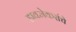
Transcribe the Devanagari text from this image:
डावजेकरांचे